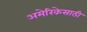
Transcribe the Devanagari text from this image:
अमेरिकेसाठी